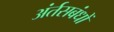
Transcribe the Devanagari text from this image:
अंर्तसबंधों